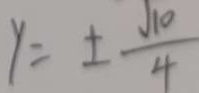
y = \pm \frac { \sqrt { 1 0 } } { 4 }